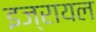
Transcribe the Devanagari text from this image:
इज्रायल